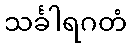
သင်္ခါရဂတံ